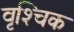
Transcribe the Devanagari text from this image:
वृश्‍चिक